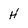
Character: H